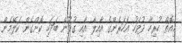
މިއޮތް ހުރިހާ ދުވަހު އަހަރެންގެ އާއިލާ އާއި ގުޅުން ބަދަހި ކޮށްގެން ކަލޭމެން